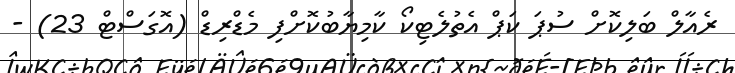
ރެއާލް ބަލިކޮށް ސުޕަ ކަޕް އެތުލެޓިކޯ ކާމިޔާބުކޮށްފި މެޑްރިޑް (އޮގަސްޓް 23) -